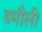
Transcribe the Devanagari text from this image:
डमाैली